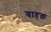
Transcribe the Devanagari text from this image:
वाहक़